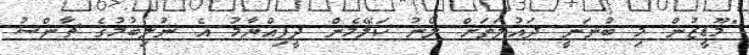
"މޫޑީޒުން މި ބުނަނީ ދައުލަތަށް ލޯނު ކަލޭމެން ދީފިއްޔާމު އެ ނުލިބުމުގެ ޗާންސު